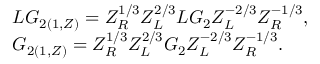
\begin{array} { l } { { L G _ { 2 ( 1 , Z ) } = Z _ { R } ^ { 1 / 3 } Z _ { L } ^ { 2 / 3 } L G _ { 2 } Z _ { L } ^ { - 2 / 3 } Z _ { R } ^ { - 1 / 3 } , } } \\ { { G _ { 2 ( 1 , Z ) } = Z _ { R } ^ { 1 / 3 } Z _ { L } ^ { 2 / 3 } G _ { 2 } Z _ { L } ^ { - 2 / 3 } Z _ { R } ^ { - 1 / 3 } . } } \end{array}